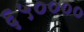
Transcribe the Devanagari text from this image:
६५००००